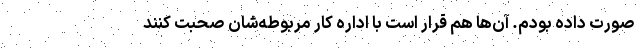
صورت داده بودم. آن‌ها هم قرار است با اداره کار مربوطه‌شان صحبت کنند